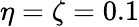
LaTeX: \eta=\zeta=0.1